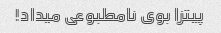
پیتزا بوی نامطبوعی میداد!